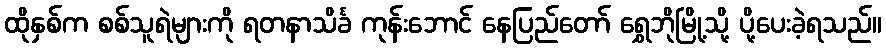
ထိုနှစ်က စစ်သူရဲများကို ရတနာသိင်္ခ ကုန်းဘောင် နေပြည်တော် ရွှေဘိုမြို့သို့ ပို့ပေးခဲ့ရသည်။